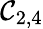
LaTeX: \mathcal{C}_{2,4}